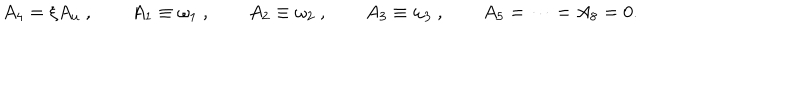
A _ { 4 } = \xi A _ { u } \ , \qquad A _ { 1 } \equiv \omega _ { 1 } \ , \qquad A _ { 2 } \equiv \omega _ { 2 } \ , \qquad A _ { 3 } \equiv \omega _ { 3 } \ , \qquad A _ { 5 } = \dots = A _ { 8 } = 0 .